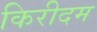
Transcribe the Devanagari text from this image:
किरीदम